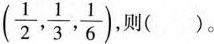
(\frac{1}{2}, \frac{1}{3}, \frac{1}{6}